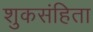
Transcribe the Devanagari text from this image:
शुकसंहिता